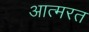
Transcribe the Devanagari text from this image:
आत्मरत